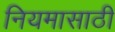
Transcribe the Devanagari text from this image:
नियमासाठी